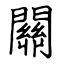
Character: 關